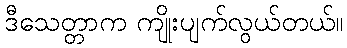
ဒီသေတ္တာက ကျိုးပျက်လွယ်တယ်။